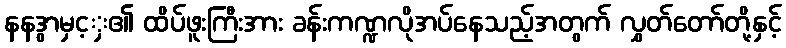
နနဒွာမှင့ှ၏ ထိပ်ဖူးကြီးအား ခန်းကဏ္ဍလိုအပ်နေသည့်အတွက် လွှတ်တော်တို့နှင့်